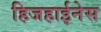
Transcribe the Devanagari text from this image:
हिजहाईनेस